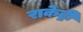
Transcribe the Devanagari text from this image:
राकेट्री